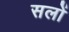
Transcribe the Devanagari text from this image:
सलों